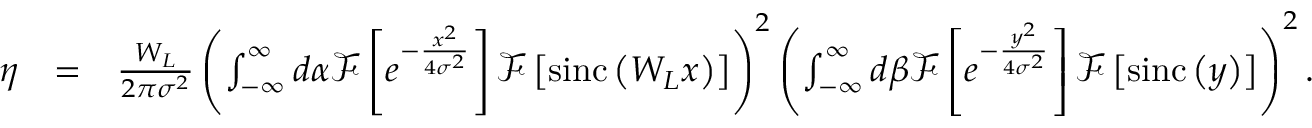
\begin{array} { r l r } { \eta } & { = } & { \frac { W _ { L } } { 2 \pi \sigma ^ { 2 } } \left( \int _ { - \infty } ^ { \infty } d \alpha \mathcal { F } \left[ e ^ { - \frac { x ^ { 2 } } { 4 \sigma ^ { 2 } } } \right] \mathcal { F } \left[ \mathrm { s i n c } \left( W _ { L } x \right) \right] \right) ^ { 2 } \left( \int _ { - \infty } ^ { \infty } d \beta \mathcal { F } \left[ e ^ { - \frac { y ^ { 2 } } { 4 \sigma ^ { 2 } } } \right] \mathcal { F } \left[ \mathrm { s i n c } \left( y \right) \right] \right) ^ { 2 } . } \end{array}